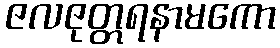
ဇလဇုတ္တရနာမကော